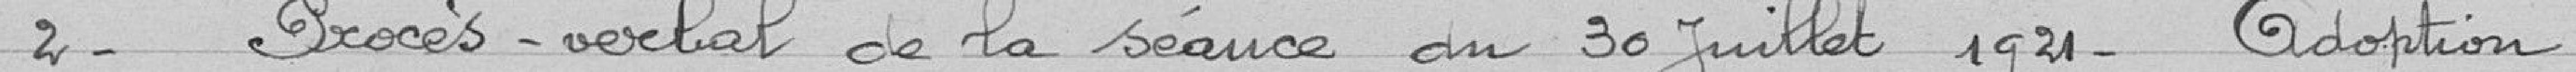
2 - Procès-verbal de la séance au 30 juillet 1921. Adoption.